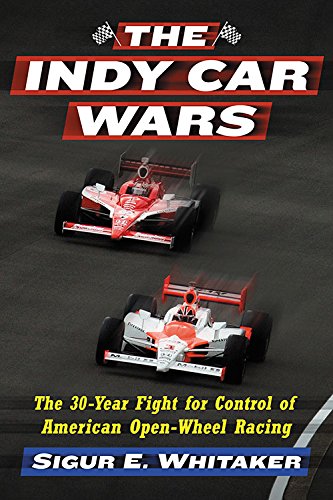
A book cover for The Indy Car Wars: The 30-year Fight for Control of American Open-wheel Racing; Sigur E. Whitaker; Engineering & Transportation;